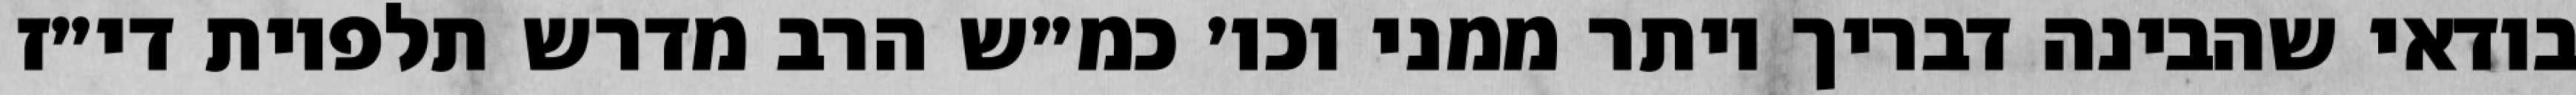
בודאי שהבינה דבריך יותר ממני וכו׳ כמ״ש הרב מדרש תלפיות די״ז